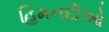
હિમનદીઓ